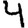
Digit: 4